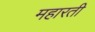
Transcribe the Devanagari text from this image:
महारती